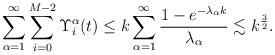
LaTeX: \begin{align*}\sum_{\alpha=1}^\infty \sum_{i=0}^{M-2} \Upsilon_i^\alpha(t)\leq k\sum_{\alpha=1}^\infty\frac{1-e^{-\lambda_\alpha k}}{\lambda_\alpha}\lesssim k^\frac{3}{2}.\end{align*}